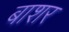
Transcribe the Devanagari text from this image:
बाशर